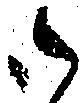
御